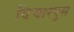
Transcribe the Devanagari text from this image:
विचारपुस